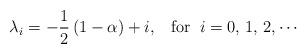
LaTeX: \begin{align*}\lambda_{i}=-\frac{1}{2}\left(1-\alpha\right)+i,\;\;\;\textrm{for}\;\;i=0,\,1,\,2,\cdots\end{align*}